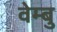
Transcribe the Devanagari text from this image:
वेम्बु